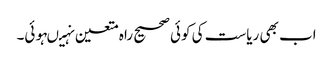
اب بھی ریاست کی کوئی صحیح راہ متعین نہیںہوئی۔